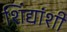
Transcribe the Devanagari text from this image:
शिंद्यांशी